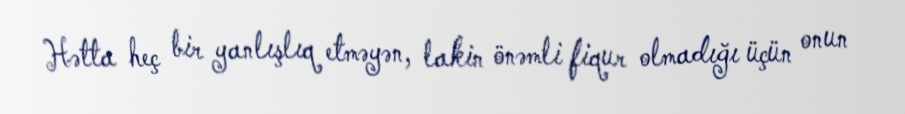
Hətta heç bir yanlışlıq etməyən, lakin önəmli fiqur olmadığı üçün onun